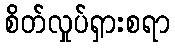
စိတ်လှုပ်ရှားစရာ